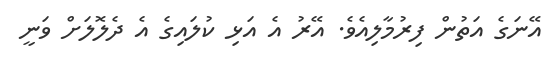
އޭނަގެ އަތުން ފިރުމާލިއެވެ. އޭރު އެ އަޅި ކުލައިގެ އެ ދެލޮލަށް ވަނީ